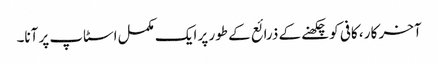
آخر کار ، کافی کو چکھنے کے ذرائع کے طور پر ایک مکمل اسٹاپ پر آنا۔